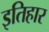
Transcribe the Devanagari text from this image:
इतिहार